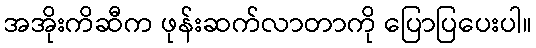
အအိုးကိဆီက ဖုန်းဆက်လာတာကို ပြောပြပေးပါ။